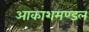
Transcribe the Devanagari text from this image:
आकाशमण्डल